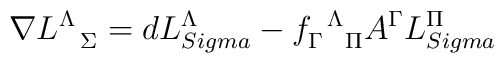
\nabla L^{\Lambda}_{\ \ \Sigma}=d L^{\Lambda}_{\ \\Sigma}-f_{\Gamma\ \ \Pi}^{\,\ \Lambda} A^{\Gamma} L^{\Pi}_{\ \\Sigma}